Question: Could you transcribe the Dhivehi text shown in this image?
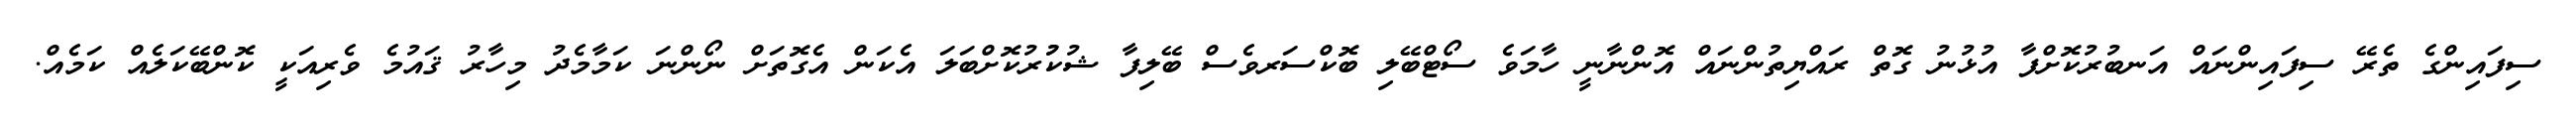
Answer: ސިފައިންގެ ތެރޭ ސިފައިންނައް އަނބުރުކޮށްފާ އުޅުނު ގޮތް ރައްޔިތުންނައް އޮންނާނީ ހާމަވެ ސޯޓްބޭލި ބޮކްސަރވެސް ބޭލިފާ ޝުކުުރުކޮށްބަލަ އެކަން އެގޮތަށް ނޯންނަ ކަމާމެދު މިހާރު ޤައުމެ ވެރިއަކީ ކޮންބޭކަލެއް ކަމެއް.